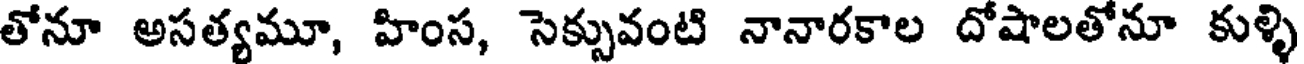
తోనూ అసత్యమూ, హింస, సెక్సువంటి నానారకాల దోషాలతోనూ కుళ్ళి